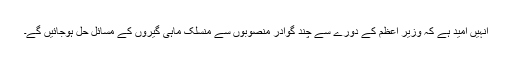
انہیں امید ہے کہ وزیر اعظم کے دورے سے چند گوادر منصوبوں سے منسلک ماہی گیروں کے مسائل حل ہوجائیں گے۔